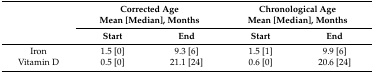
| <ROWSPAN=2>  | <COLSPAN=2> Corrected AgeMean [Median], Months | <COLSPAN=2> Chronological AgeMean [Median], Months |
 | Start | End | Start | End |
 | --- | --- | --- | --- | --- |
 | Iron | 1.5 [0] | 9.3 [6] | 1.5 [1] | 9.9 [6] |
 | Vitamin D | 0.5 [0] | 21.1 [24] | 0.6 [0] | 20.6 [24] |